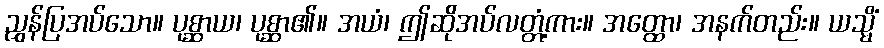
ညွှန်ပြအပ်သော။ ပုစ္ဆာယ၊ ပုစ္ဆာ၏။ အယံ၊ ဤဆိုအပ်လတ္တံ့ကား။ အတ္ထော၊ အနက်တည်း။ ယသ္မိံ